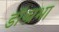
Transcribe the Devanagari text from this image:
डॉ॰प्रभा